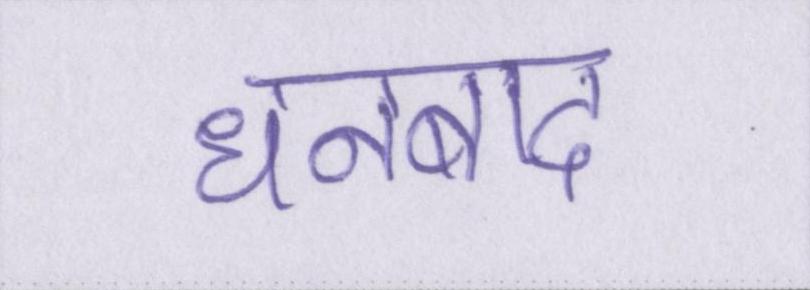
धनबाद